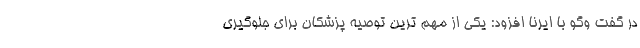
در گفت وگو با ایرنا افزود: یکی از مهم ترین توصیه پزشکان برای جلوگیری